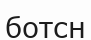
ботсн